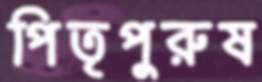
পিতৃপুরুষ